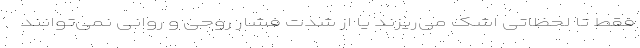
فقط تا لحظاتی اشک می‌ریزند یا از شدت فشار روحی و روانی نمی‌توانند